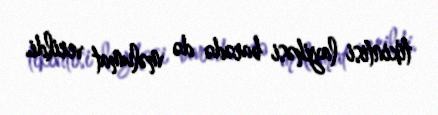
tikintisi layihəsi barədə də məlumat verildi.